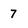
Character: 7